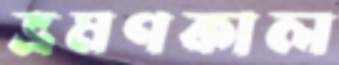
ভ্রমণকাল